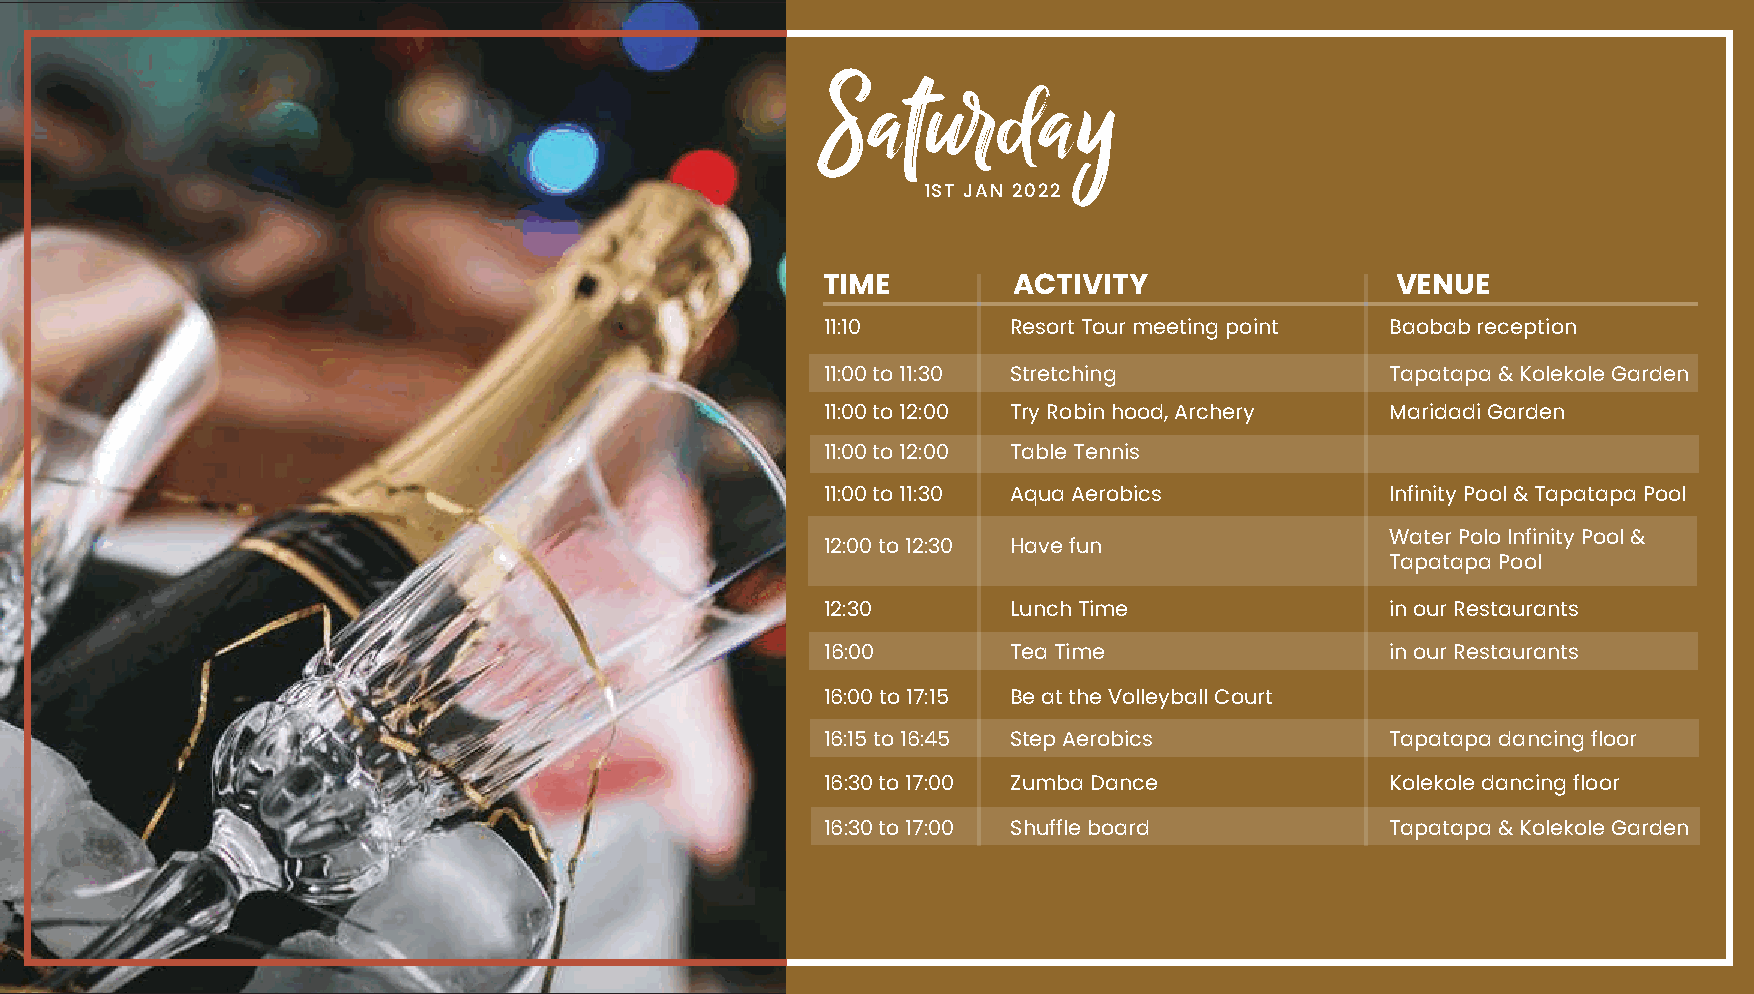
Saturday
 1ST JAN 2022
 TIME         ACTIVITY                 VENUE
 11:10       Resort Tour meeting point Baobab reception
 11:00 to 11:30 Stretching            Tapatapa & Kolekole Garden
 11:00 to 12:00 Try Robin hood, Archery Maridadi Garden
 11:00 to 12:00 Table Tennis
 11:00 to 11:30 Aqua Aerobics         Infinity Pool & Tapatapa Pool
 Water Polo Infinity Pool &
 12:00 to 12:30 Have fun
 Tapatapa Pool
 12:30       Lunch Time               in our Restaurants
 16:00       Tea Time                 in our Restaurants
 16:00 to 17:15 Be at the Volleyball Court
 16:15 to 16:45 Step Aerobics         Tapatapa dancing floor
 16:30 to 17:00 Zumba Dance           Kolekole dancing floor
 16:30 to 17:00 Shuffle board         Tapatapa & Kolekole Garden